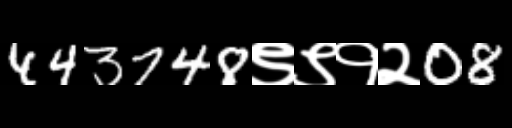
Text: 443748९९१२08